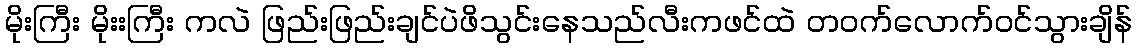
မိုးကြီး မိုးးကြီး ကလဲ ဖြည်းဖြည်းချင်ပဲဖိသွင်းနေသည်လီးကဖင်ထဲ တဝက်လောက်ဝင်သွားချိန်